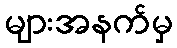
များအနက်မှ